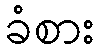
ခံစား